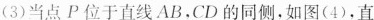
(3)当点P位于直线AB，CD的同侧，如图(4)，直